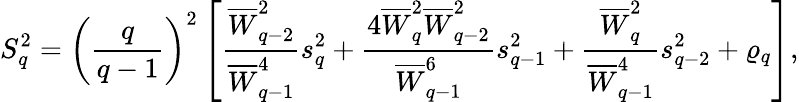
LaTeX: S_{q}^{2}=\left(\frac{q}{q-1}\right)^{2}\left[\frac{{\overline{{W}}}_{q-2}^{2}}{{\overline{{W}}}_{q-1}^{4}}s_{q}^{2}+\frac{4{\overline{{W}}}_{q}^{2}{\overline{{W}}}_{q-2}^{2}}{{\overline{{W}}}_{q-1}^{6}}s_{q-1}^{2}+\frac{{\overline{{W}}}_{q}^{2}}{{\overline{{W}}}_{q-1}^{4}}s_{q-2}^{2}+\varrho_{q}\right],